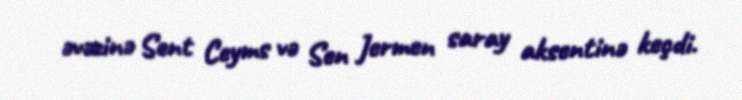
əvəzinə Sent Ceyms və Sen Jermen saray aksentinə keçdi.